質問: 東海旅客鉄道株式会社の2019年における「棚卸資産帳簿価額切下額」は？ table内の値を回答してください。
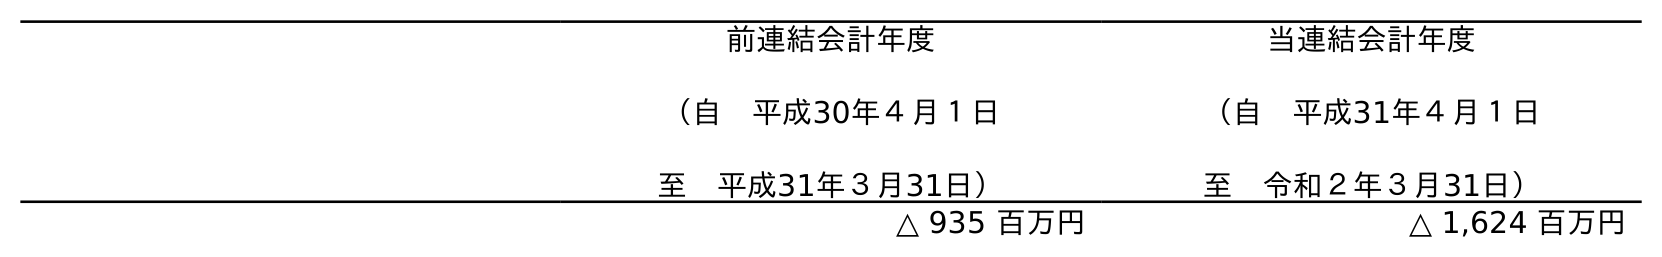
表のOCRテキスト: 前連結会計年度 （自 平成30年４月１日 至 平成31年３月31日） 当連結会計年度 （自 平成31年４月１日 至 令和２年３月31日） △ 935 百万円 △ 1,624 百万円
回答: △935百万円